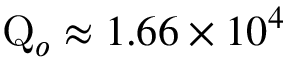
\mathrm { Q } _ { o } \approx 1 . 6 6 \times 1 0 ^ { 4 }